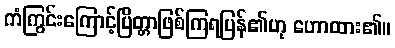
ကံကြွင်းကြောင့်ပြိတ္တာဖြစ်ကြရပြန်၏ဟု ဟောထား၏။